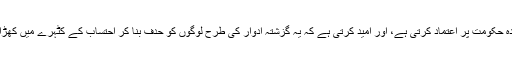
ابھی عوام موجودہ حکومت پر اعتماد کرتی ہے، اور امید کرتی ہے کہ یہ گزشتہ ادوار کی طرح لوگوں کو حدف بنا کر احتساب کے کٹہرے میں کھڑا نہیں کریں گے۔